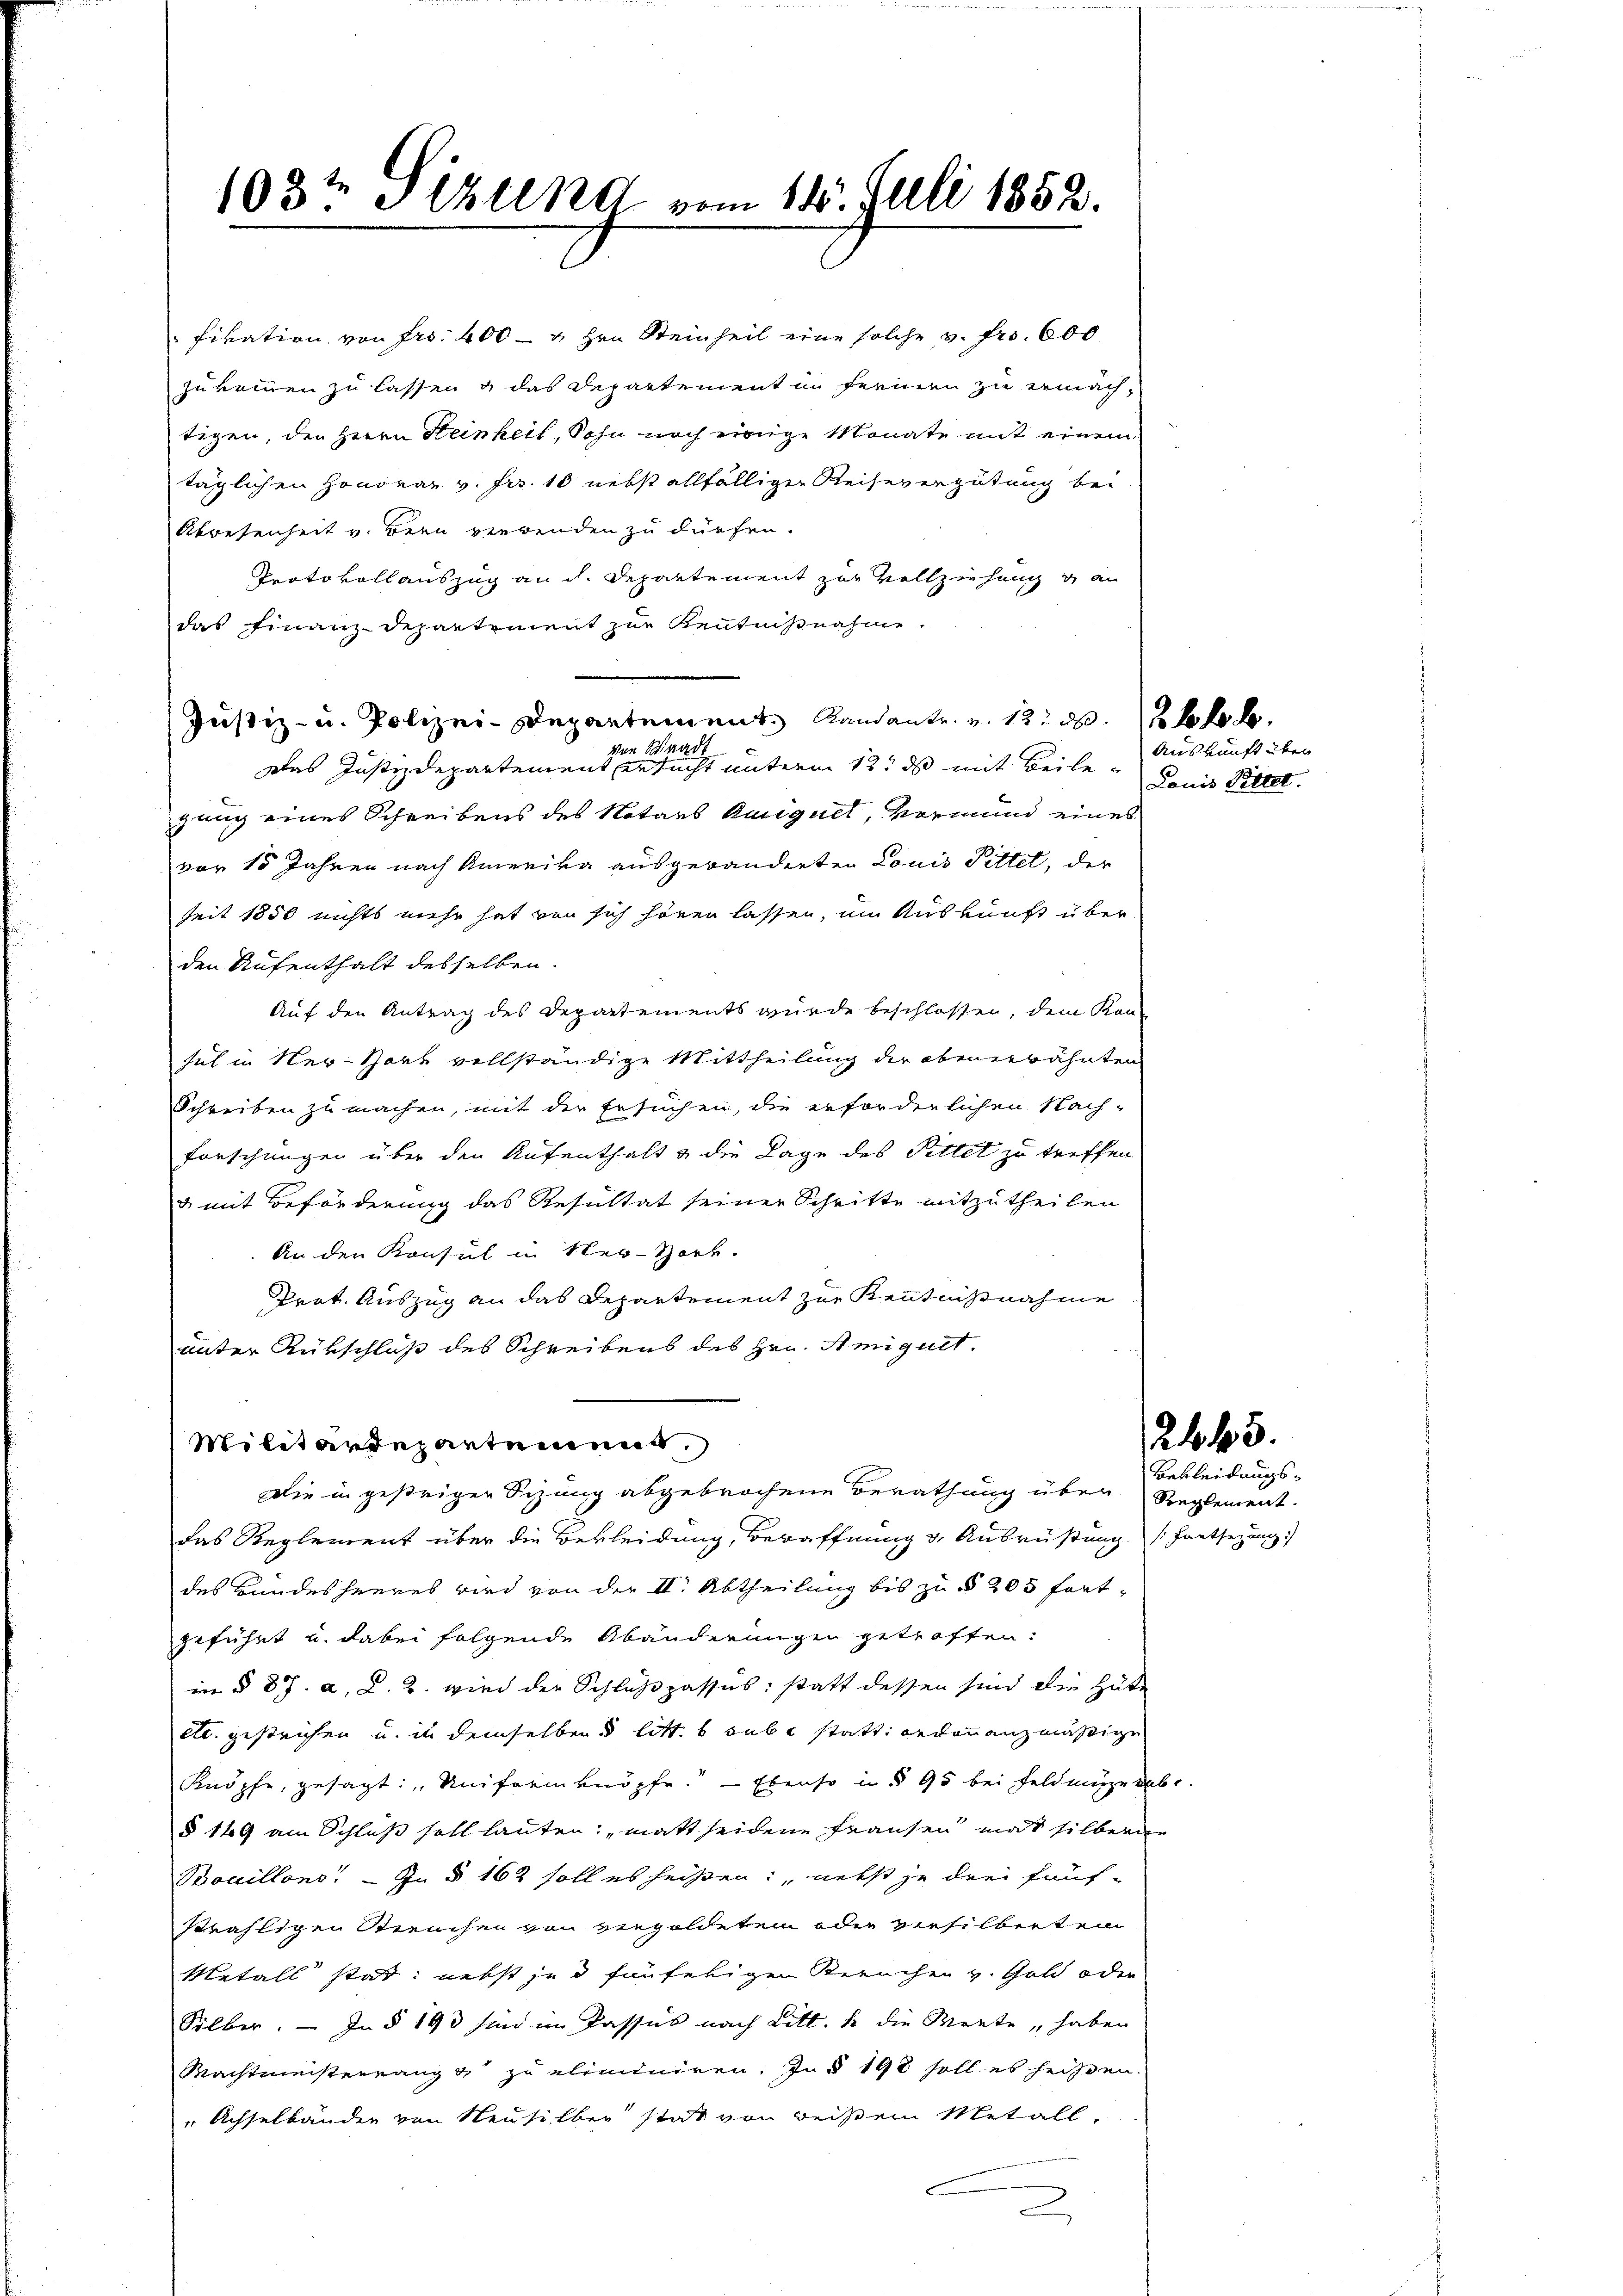
103t Italing vom 14. Juli 1852.

Fivation von Fr. 400 — " Hrn. Steinheit eine solche v. Fr. 600.
zukommen zu lassen & das Departement in Ferien zu ermächtigen, den Herrn Steinheit, Sohn noch einige Monate mit einem
täglichen Honorar v. Frs. 10 nebst allfälliger Reisevergütung bei
Abwesenheit v. Bern verwenden zu dürfen.
Protokollauszug an dh. Departement zur Vollziehung gan
das Finanz-Departement zur Kenntnißnahme
Justiz- u. Polizei-Departement Randante. v. 12. d. So ko b
von Waadt
Das Justizdepartement ersucht unterm 12. ds mit Beilegung eines Schreibens des Notars Burguel, Vormund eines
vor 15 Jahren nach Amerika ausgewänderten Louis Pittel, der
seit 1850 nichts mehr hat von sich hören lassen, um Auskunft über
den Aufenthalt desselben.
Auf den Antrag des Departements wurde beschlossen, dem Kon-
hut in Ner-Hark vollständige Mittheilung der obenerwähnten
Schreiben zu machen, mit der Ersuchen, die erforderlichen Nach-
Forschungen über den Aufenthalt & die Lage des Pittet zu treffen.
& mit Beförderung das Resultat seiner Schritte mitzutheilen
An den Konsul in Ner-Hork.
Prot. Auszug an das Departement zur Kenntnißnahme
unter Rükschluß des Schreibens des Hrn. Amiquet,
Militärdepartement.
Die in gestriger Sizung abgebrochene Berathung über Reglement.
das Reglement über die Bekleidung, Bewaffnung & Ausrüßung (Fortsezung
des Bundesheeres wird von der II. Abtheilung bis zu § 205 fortgeführt u. dabei folgende Abänderungen getroffen:
im § 87. a. d. 3. wird der Schlußpassus; statt dessen sind die Hüte
etc. gestrichen u. in demselben litt. b sube statt bedinanzmäßige
Knöpfe, gesagt: „Uniformknöpfe. — Ebenso in § 95 bei Feldmüge habe.
§ 149 am Schluß soll lauten: „matt seidene Frausen mit silberne
Bouillons. — In § 162 soll es heißen: nebst je drei fünfsträfligen Streichen von vergoldeten oder versilbert ein
Metall statt: nebst jed fünferigen Berüchen v. Gold oder
Silber. — In § 193 sind im Passus nach Litt. h die Monte haben
Machtmeisterrang & zu eliminiren. In § 198 soll es heißen.
Achselbänden von Neusilber statt von reißen Metall,
.

Auskunft über
Lauis Pittel.

2445.

Bekleidungs¬